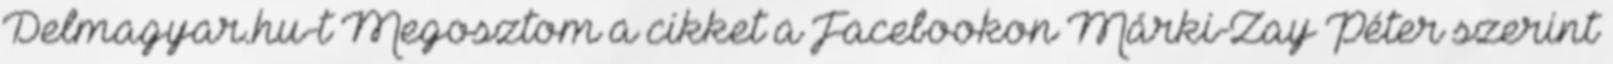
Delmagyar.hu-t Megosztom a cikket a Facebookon Márki-Zay Péter szerint